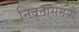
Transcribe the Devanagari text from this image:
निद्नासमयीं